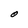
Character: O